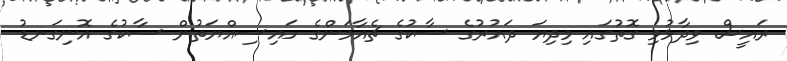
ރައީސް ވިދާޅުވި ގޮތުގައި މިދިޔަ ދައުރުގެ ސާކުގެ ޗެއާމަންގެ ހައިސިއްޔަތުން ސާކުގެ އޮނިގަނޑު